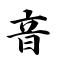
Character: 音